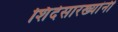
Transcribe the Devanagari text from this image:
शिंदेसारख्यांनी